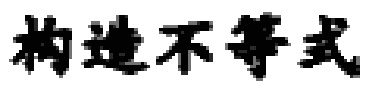
构造不等式